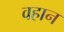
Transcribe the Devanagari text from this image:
वहान